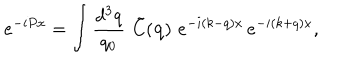
e ^ { - i P x } = \int \frac { d ^ { 3 } q } { q _ { 0 } } \, \, \tilde { C } ( { \mathbf { q } } ) \, \, e ^ { - i ( k - q ) x } \, e ^ { - i ( k + q ) x } ,